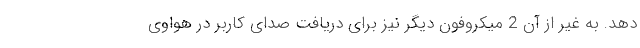
دهد. به غیر از آن 2 میکروفون دیگر نیز برای دریافت صدای کاربر در هواوی